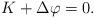
LaTeX: \begin{align*}K+\Delta\varphi=0.\end{align*}